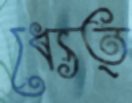
ধ্যেত্